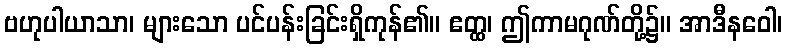
ဗဟုပါယာသာ၊ များသော ပင်ပန်းခြင်းရှိကုန်၏။ ဧတ္ထ၊ ဤကာမဂုဏ်တို့၌။ အာဒီနဝေါ၊